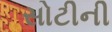
સોટીની